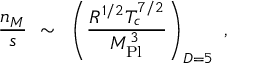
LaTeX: \frac { n _ { M } } { s } ~ \sim ~ \left( \frac { R ^ { 1 / 2 } T _ { c } ^ { 7 / 2 } } { M _ { \mathrm { P l } } ^ { 3 } } \right) _ { D = 5 } ~ ,